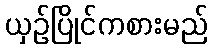
ယှဉ်ပြိုင်ကစားမည်